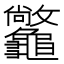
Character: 𪛆